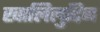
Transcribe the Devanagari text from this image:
खालिलुद्दिन